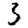
Digit: 3